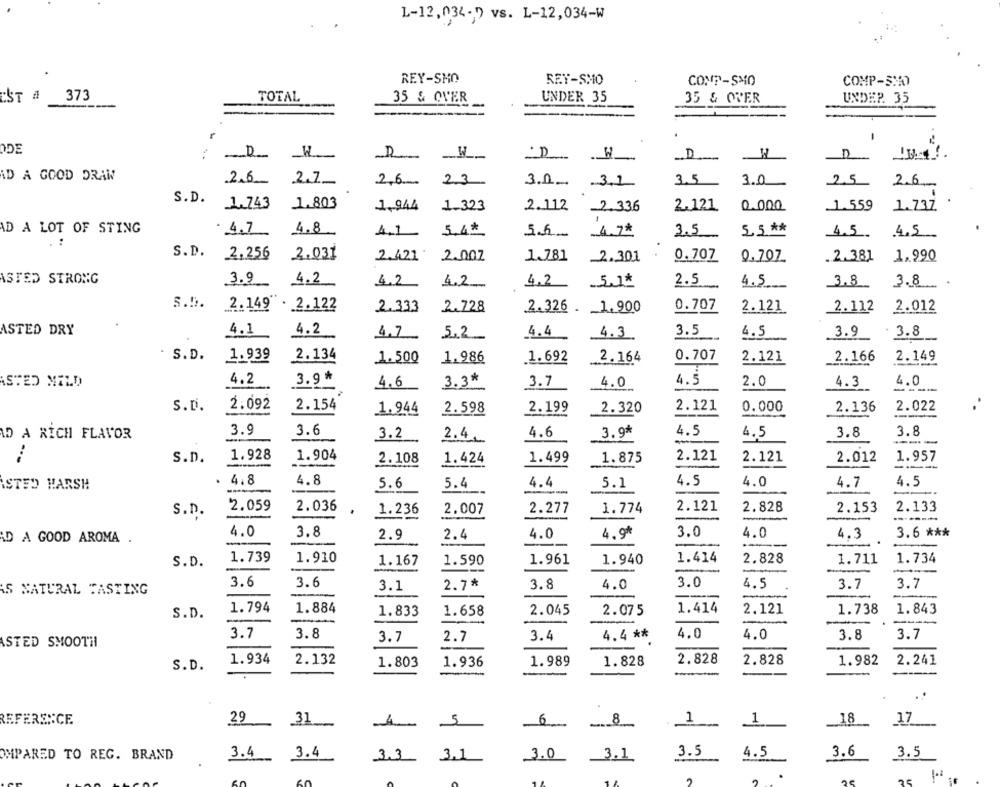
L-12, 034;) vs. L-12,034-W
REY-SHO
REY-SMO
COMP-SMO
COMP-SHO
EST a
373
TOTAL
35 & OVER
UNDER 35
35 & OVER
UNDEP. 35
.
MW-
D
D
AD A GOOD DRAW
2.6
2.7-
3.5
3.0
2,6 23
3.0
3.1
2.6
S.D.
1.803
0.000
1.559
1.743
1.944
1.323
2.112
2.336
2.121
1.737
AD A LOT OF STING
4.7
4.8
4.1
5.4*
5.5
4.7*
3.5
5.5 **
4.5.
4.5
. :
S.D.
2.256
2.031
2.421
2.002
1.781
2,301
0.707
0.707
.2.381
1,990
ASTED STRONG
3.9
4.2
4.2
4.2
4,2
5.1*
2.5
3.8.
4.5
33
s.5.
0.707
2. 149". 2.122
2.333
2.728
2.326 . 1.900
2.121
2.112
2.012
ASTED DRY
4.1
4.2
4.7
5.2
4.4
4.3
3.5
4.5
3.9
3.8
S. D.
1.939
2.134
1.500
1.986
1.692
2.164
0.707
2.121
2.166
2.149
ASTED MILD
4.2
3.9*
4.6
3.3*
3.7
4.0
4.5
2.0
4.3
4.0
S.D.
2.092
2.154
2.598
2.199
2.320
2.121
0.000
2.136
2.022
1.944
3.9
3.6
4.6
4.5
4.5
3.8
3.8
AD A RICH FLAVOR
3.2
2.4
3.9*
----
1.928
S.D.
1.904
2.108
1.424
1.499
1.875
2.121
2.121
2.012
-----
1.957
4.8
ASTED MARSH
4.8
5.6
5.4
4.4
5.1
4.5
4.0
4.7
4.5
S.D.
2.059
2.036
1.236
2.007
2.277
1.774
2.121
2.828
2.153
2.133
-
-
-
4.0
3.8
2.9
4.9*
3.0
4.0
4.3
3.6 ***
AD A GOOD AROMA .
2.4
4.0
--
1.739
1.910
1.414
2.828
1.711
1.734
S.D.
1.167
1.590
1.961
1.940
-
3.6
3.6
3.1
2.7*
3.8
4.0
3.0
4.5
3.7
3.7
'S NATURAL TASTING
-
--
-
S.D.
1.794
1.884
1.833
1.658
2.045
2.075
1.414
2.121
1.738
1.843
-
3.7
3.8
3.4
4.4 **
4.0
4.0
3.8
3.7
ASTED SMOOTH
3.7
2.7
1.934
2.132
1.989
2.828
2.828
1.982
2.241
S.D.
1.803
1.936
1.828
-
REFERENCE
29
-
5
6
8
1
1
_. 18
17
31
5
3.4
3.0
3.1
3.5
4.5
3.6
3.5
OMPARED TO REG. BRAND
3.4
3.3
3.1
25